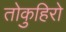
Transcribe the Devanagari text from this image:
तोकुहिरो